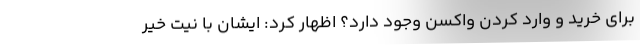
برای خرید و وارد کردن واکسن وجود دارد؟ اظهار کرد: ایشان با نیت خیر